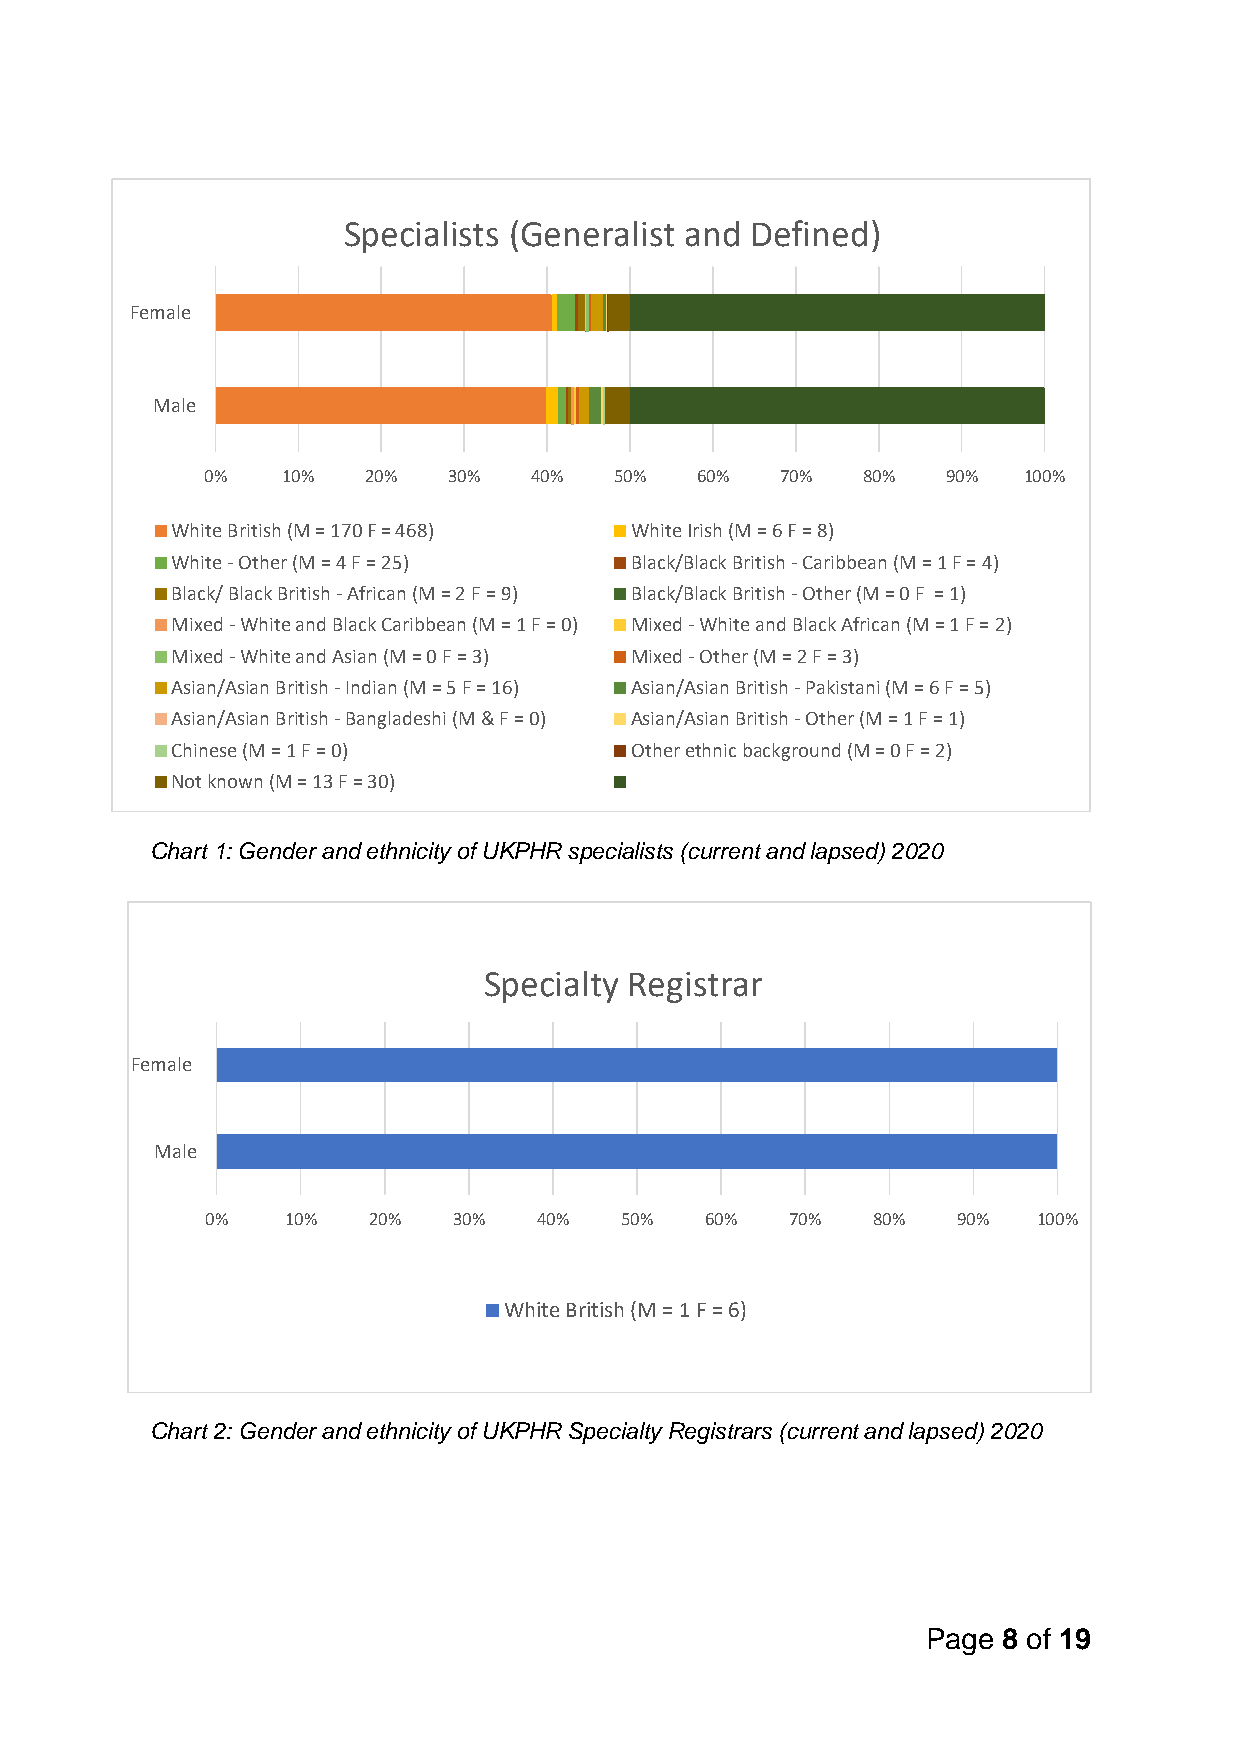
Specialists (Generalist and Defined)
 Female
 Male
 0%    10%  20%   30%  40%   50%  60%   70%  80%   90%  100%
 White British (M = 170 F = 468) White Irish (M = 6 F = 8)
 White - Other (M = 4 F = 25)   Black/Black British - Caribbean (M = 1 F = 4)
 Black/ Black British - African (M = 2 F = 9) Black/Black British - Other (M = 0 F = 1)
 Mixed - White and Black Caribbean (M = 1 F = 0) Mixed - White and Black African (M = 1 F = 2)
 Mixed - White and Asian (M = 0 F = 3) Mixed - Other (M = 2 F = 3)
 Asian/Asian British - Indian (M = 5 F = 16) Asian/Asian British - Pakistani (M = 6 F = 5)
 Asian/Asian British - Bangladeshi (M & F = 0) Asian/Asian British - Other (M = 1 F = 1)
 Chinese (M = 1 F = 0)          Other ethnic background (M = 0 F = 2)
 Not known (M = 13 F = 30)
 Chart 1: Gender and ethnicity of UKPHR specialists (current and lapsed) 2020
 Specialty Registrar
 Female
 Male
 0%   10%  20%   30%   40%  50%   60%  70%   80%  90%   100%
 White British (M = 1 F = 6)
 Chart 2: Gender and ethnicity of UKPHR Specialty Registrars (current and lapsed) 2020
 Page 8 of 19